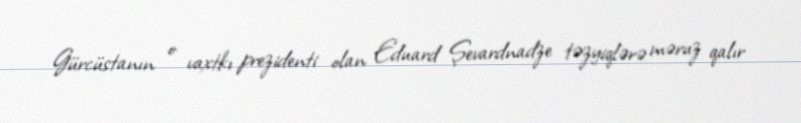
Gürcüstanın o vaxtkı prezidenti olan Eduard Şevardnadze təzyiqlərə məruz qalır